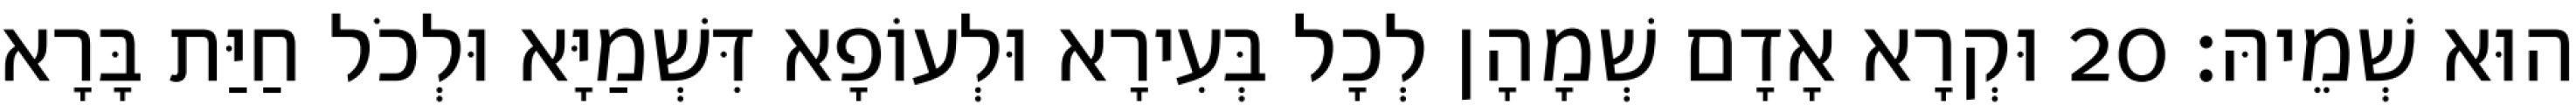
הוּא שְׁמֵיהּ׃ 20 וּקְרָא אָדָם שְׁמָהָן לְכָל בְּעִירָא וּלְעוֹפָא דִּשְׁמַיָּא וּלְכֹל חַיַּת בָּרָא